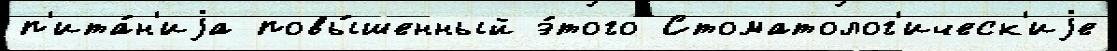
п'ита́н'иjа повы́шенный э́того Стоматолог'ическ'иjе